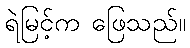
ရဲမြင့်က ဖြေသည်။